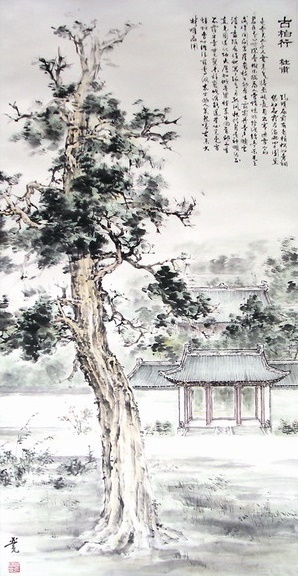
苦心岂免容蝼蚁，香叶终经宿鸾凤。